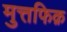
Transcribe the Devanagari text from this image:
मुत्तफिक़